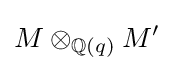
M\otimes _{\mathbb {Q} (q)}M'